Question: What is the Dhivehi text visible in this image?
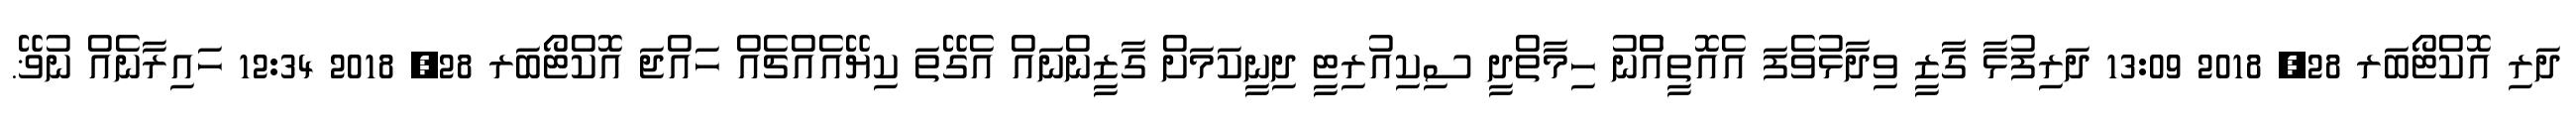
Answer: ދަރި އޮކްޓޯބަރ 28, 2018 13:09 ދަރިފުޅާ ގާަޒީ ވިދާޅުވެފަ އެއޮތީއެްނު ހިމާތްދީ ސިކިއުރިޓީ ދިނީކަމަށް ގާޒީންނައް އެގޭތަ ކިޔޭއެއްޗެއް ހައްޖަ އޮކްޓޯބަރ 28, 2018 12:34 ހައިރާނެއް ނުޥޭ.